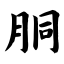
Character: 胴